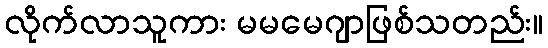
လိုက်လာသူကား မမမေဂျာဖြစ်သတည်း။